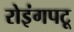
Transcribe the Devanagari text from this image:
रोइंगपटू